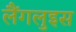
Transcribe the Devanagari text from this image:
लैंगलुइस